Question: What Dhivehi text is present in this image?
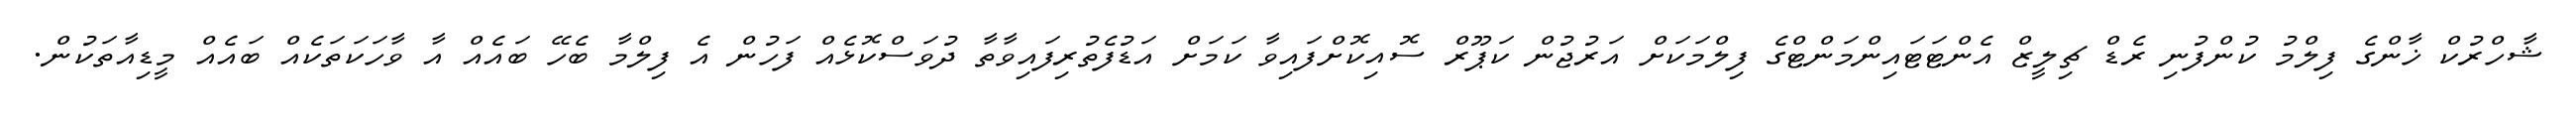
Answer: ޝާހްރުކް ޚާންގެ ފިލްމު ކުންފުނި ރެޑް ޗިލީޒް އެންޓަޓައިންމަންޓްގެ ފިލްމަކަށް އަރުޖުން ކަޕޫރް ސޮއިކޮށްފައިވާ ކަމަށް އަޑުފެތުރިފައިވާތާ ދުވަސްކޮޅެއް ފަހުން އެ ފިލްމާ ބެހޭ ބައެއް އާ ވާހަކަތަކެއް ބައެއް މީޑިއާތަކުން.